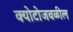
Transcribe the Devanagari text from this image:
क्योटोजवळील